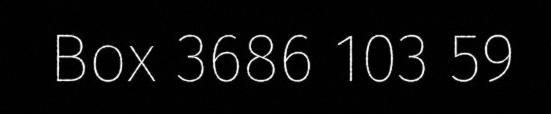
Box 3686 103 59